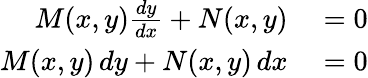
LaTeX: \begin{array}{rl}{M(x,y){\frac{dy}{dx}}+N(x,y)}&{{}=0}\\ {M(x,y)\, dy+N(x,y)\, dx}&{{}=0}\end{array}